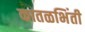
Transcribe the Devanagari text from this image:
कातळभिंती